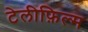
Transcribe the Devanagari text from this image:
टेलीफ़िल्म